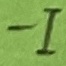
Text: -I